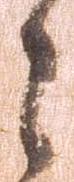
々